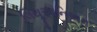
લિથૂઆનિઅન